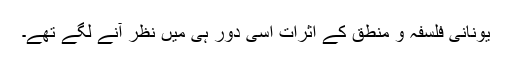
یونانی فلسفہ و منطق کے اثرات اسی دور ہی میں نظر آنے لگے تھے۔